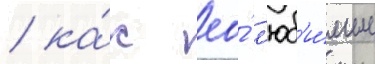
/ ка́к ео́ л'юб'и́мые